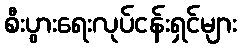
စီးပွားရေးလုပ်ငန်းရှင်များ